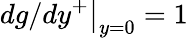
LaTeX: \left.dg/dy^{+}\right|_{y=0}=1